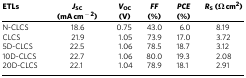
<table><thead><tr><td><b>ETLs</b></td><td><b><i>J</i><sub>SC</sub>(mA cm<sup>−2</sup>)</b></td><td><b><i>V</i><sub>OC</sub>(V)</b></td><td><b><i>FF</i>(%)</b></td><td><b><i>PCE</i>(%)</b></td><td><b><i>R</i><sub>S</sub> (Ω cm<sup>2</sup>)</b></td></tr></thead><tbody><tr><td>N-CLCS</td><td>18.6</td><td>0.75</td><td>43.0</td><td>6.0</td><td>8.19</td></tr><tr><td>CLCS</td><td>21.9</td><td>1.05</td><td>73.9</td><td>17.0</td><td>3.72</td></tr><tr><td>5D-CLCS</td><td>22.5</td><td>1.06</td><td>78.5</td><td>18.7</td><td>3.12</td></tr><tr><td>10D-CLCS</td><td>22.7</td><td>1.06</td><td>80.0</td><td>19.3</td><td>2.08</td></tr><tr><td>20D-CLCS</td><td>22.1</td><td>1.04</td><td>78.9</td><td>18.1</td><td>2.91</td></tr></tbody></table>